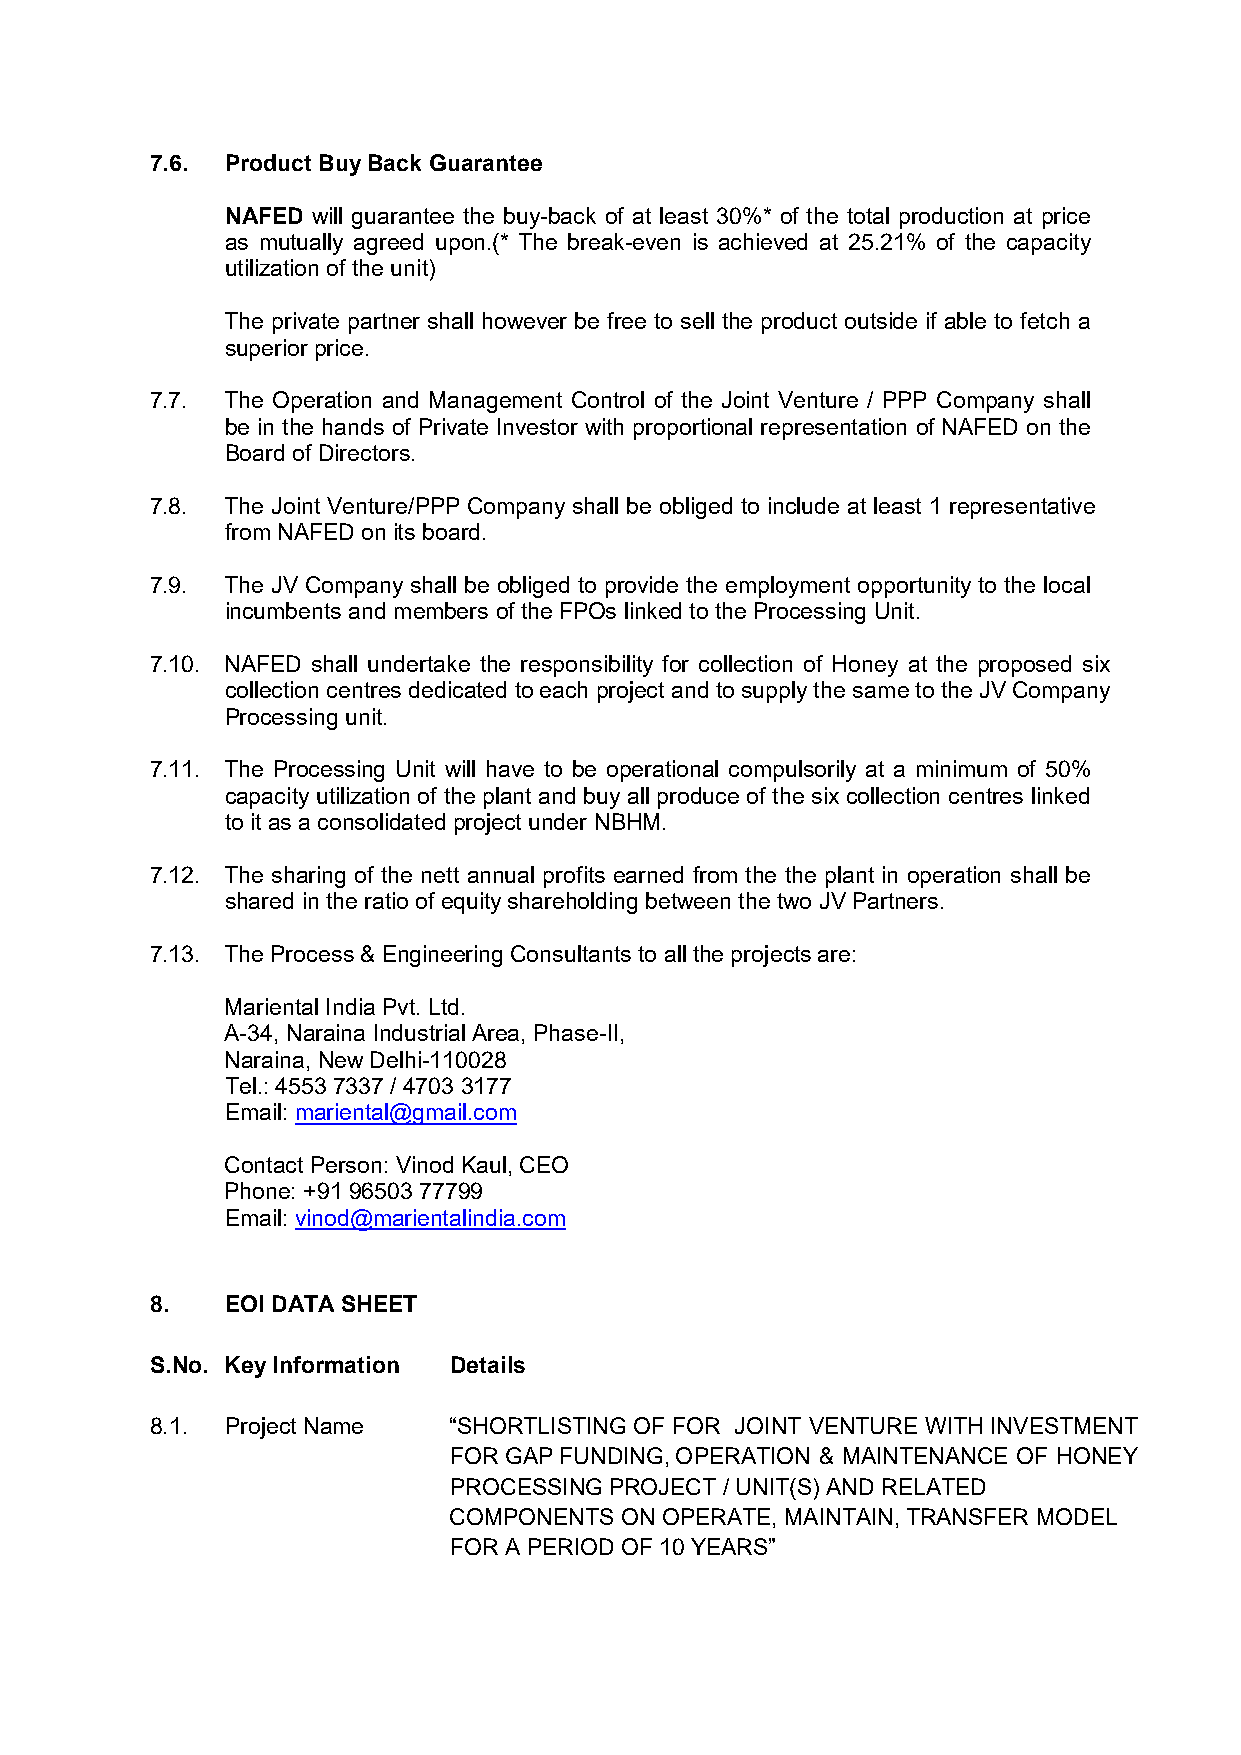
7.6. Product Buy Back Guarantee
 NAFED will guarantee the buy-back of at least 30%* of the total production at price
 as mutually agreed upon.(* The break-even is achieved at 25.21% of the capacity
 utilization of the unit)
 The private partner shall however be free to sell the product outside if able to fetch a
 superior price.
 7.7. The Operation and Management Control of the Joint Venture / PPP Company shall
 be in the hands of Private Investor with proportional representation of NAFED on the
 Board of Directors.
 7.8. The Joint Venture/PPP Company shall be obliged to include at least 1 representative
 from NAFED on its board.
 7.9. The JV Company shall be obliged to provide the employment opportunity to the local
 incumbents and members of the FPOs linked to the Processing Unit.
 7.10. NAFED shall undertake the responsibility for collection of Honey at the proposed six
 collection centres dedicated to each project and to supply the same to the JV Company
 Processing unit.
 7.11. The Processing Unit will have to be operational compulsorily at a minimum of 50%
 capacity utilization of the plant and buy all produce of the six collection centres linked
 to it as a consolidated project under NBHM.
 7.12. The sharing of the nett annual profits earned from the the plant in operation shall be
 shared in the ratio of equity shareholding between the two JV Partners.
 7.13. The Process & Engineering Consultants to all the projects are:
 Mariental India Pvt. Ltd.
 A-34, Naraina Industrial Area, Phase-II,
 Naraina, New Delhi-110028
 Tel.: 4553 7337 / 4703 3177
 Email: mariental@gmail.com
 Contact Person: Vinod Kaul, CEO
 Phone: +91 96503 77799
 Email: vinod@marientalindia.com
 8.   EOI DATA SHEET
 S.No. Key Information Details
 8.1. Project Name   “SHORTLISTING OF FOR JOINT VENTURE WITH INVESTMENT
 FOR GAP FUNDING, OPERATION & MAINTENANCE OF HONEY
 PROCESSING PROJECT / UNIT(S) AND RELATED
 COMPONENTS ON OPERATE, MAINTAIN, TRANSFER MODEL
 FOR A PERIOD OF 10 YEARS”